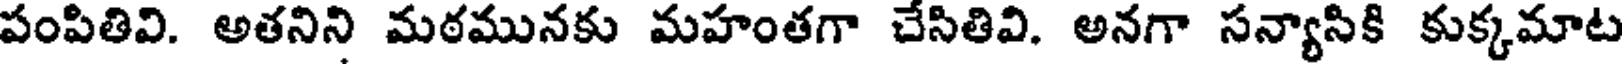
పంపితివి. అతనిని మఠమునకు మహంతగా చేసితివి. అనగా సన్యాసికి కుక్కమాట